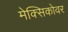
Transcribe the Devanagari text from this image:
मेक्सिकोवर